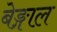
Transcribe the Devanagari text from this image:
बेङ्गाल